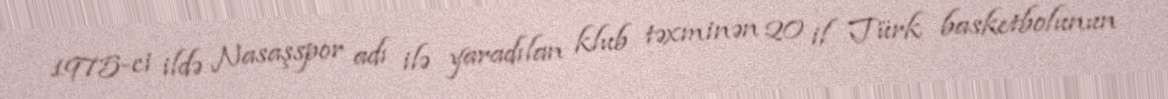
1975-ci ildə Nasaşspor adı ilə yaradılan klub təxminən 20 il Türk basketbolunun